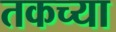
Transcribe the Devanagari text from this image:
तकच्या